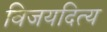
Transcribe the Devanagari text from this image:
विजयदित्य